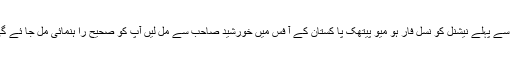
کہنے لگے کہ آپ اس مو ضوع پر کام شروع کرنے سے پہلے نیشنل کو نسل فار ہو میو پیتھک پا کستان کے آ فس میں خورشید صاحب سے مل لیں آپ کو صحیح را ہنمائی مل جا ئے گی ، ہم نے کہا ٹھیک اور اجازت لے کر واپس آ گئے۔